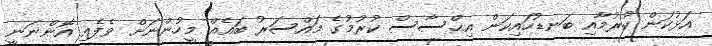
އަޅުކަން ކުރުމާއި ބަނޑުހައިކަން އިޙްސާސް ކުރުމުގެ މައްސަރު ބައެއް މީހުންނަށް ވެފެއި އޮންނަނީ